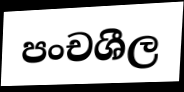
පංචශීල